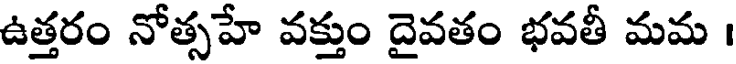
ఉత్తరం నోత్సహే వక్తుం దైవతం భవతీ మమ ।